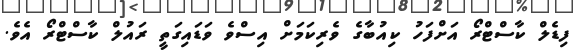
ފިޑެލް ކާސްޓްރޯ އަށްފަހު ކިއުބާގެ ވެރިކަމަށް އިސްވެ ވަޑައިގަތީ ރައުލް ކާސްޓްރޯ އެވެ.